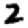
Digit: 2